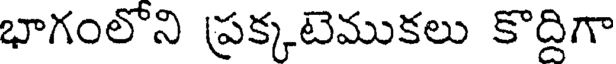
భాగంలొని ప్రక్కటెముకలు కొద్దిగా